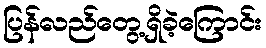
ပြန်လည်တွေ့ရှိခဲ့ကြောင်း